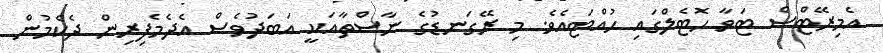
އެމިރޭޓްސް ޓަވާ ހޮޓެލްގައި ހުއްޓައެވެ. މި ރޭގަނޑުގެ ނާސްތާއަކީ އަބަދުވެސް އެދެމެފިރިން ދެކެމުން